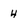
Character: 4